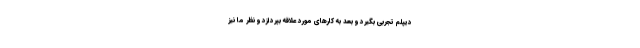
دیپلم تجربی بگیرد و بعد به کارهای مورد علاقه بپردازد و نظر ما نیز